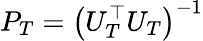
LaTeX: P_{T}=\left(U_{T}^{\top}U_{T}\right)^{-1}